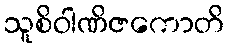
သူစိဝါဏိဇကောတိ